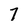
Character: 7